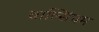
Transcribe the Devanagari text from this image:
वाल्सिंघम